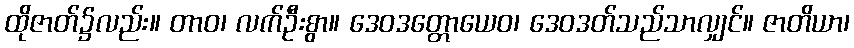
ထိုဇာတ်၌လည်း။ တာဝ၊ လက်ဦးစွာ။ ဒေဝဒတ္တောယေဝ၊ ဒေဝဒတ်သည်သာလျှင်။ ဇာတိယာ၊